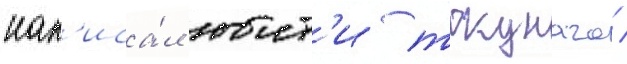
нап'иса́л юит'и токунага /